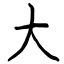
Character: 大